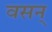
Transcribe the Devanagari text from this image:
वसन्